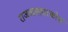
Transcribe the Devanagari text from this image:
राजव्यवहारकोश